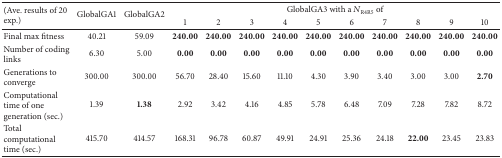
<table><thead><tr><td rowspan="2"><b>(Ave. results of 20 exp.)</b></td><td rowspan="2"><b>GlobalGA1</b></td><td rowspan="2"><b>GlobalGA2</b></td><td colspan="10"><b>GlobalGA3 with a <i>N</i><sub>R4R5</sub> of</b></td></tr><tr><td><b>1</b></td><td><b>2</b></td><td><b>3</b></td><td><b>4</b></td><td><b>5</b></td><td><b>6</b></td><td><b>7</b></td><td><b>8</b></td><td><b>9</b></td><td><b>10</b></td></tr></thead><tbody><tr><td>Final max fitness</td><td>40.21</td><td>59.09</td><td><b>240.00</b></td><td><b>240.00</b></td><td><b>240.00</b></td><td><b>240.00</b></td><td><b>240.00</b></td><td><b>240.00</b></td><td><b>240.00</b></td><td><b>240.00</b></td><td><b>240.00</b></td><td><b>240.00</b></td></tr><tr><td>Number of coding links</td><td>6.30</td><td>5.00</td><td><b>0.00</b></td><td><b>0.00</b></td><td><b>0.00</b></td><td><b>0.00</b></td><td><b>0.00</b></td><td><b>0.00</b></td><td><b>0.00</b></td><td><b>0.00</b></td><td><b>0.00</b></td><td><b>0.00</b></td></tr><tr><td>Generations to converge</td><td>300.00</td><td>300.00</td><td>56.70</td><td>28.40</td><td>15.60</td><td>11.10</td><td>4.30</td><td>3.90</td><td>3.40</td><td>3.00</td><td>3.00</td><td><b>2.70</b></td></tr><tr><td>Computational time of one generation (sec.)</td><td>1.39</td><td><b>1.38</b></td><td>2.92</td><td>3.42</td><td>4.16</td><td>4.85</td><td>5.78</td><td>6.48</td><td>7.09</td><td>7.28</td><td>7.82</td><td>8.72</td></tr><tr><td>Total computational time (sec.)</td><td>415.70</td><td>414.57</td><td>168.31</td><td>96.78</td><td>60.87</td><td>49.91</td><td>24.91</td><td>25.36</td><td>24.18</td><td><b>22.00</b></td><td>23.45</td><td>23.83</td></tr></tbody></table>